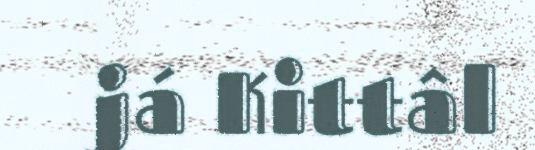
já Kittâl